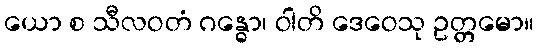
ယော စ သီလဝတံ ဂန္ဓော၊ ဝါတိ ဒေဝေသု ဥတ္တမော။